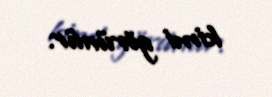
kimi görünür.